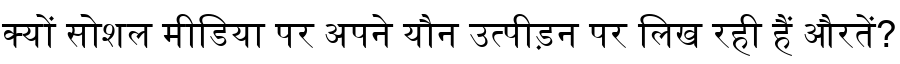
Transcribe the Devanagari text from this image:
क्यों सोशल मीडिया पर अपने यौन उत्पीड़न पर लिख रही हैं औरतें?